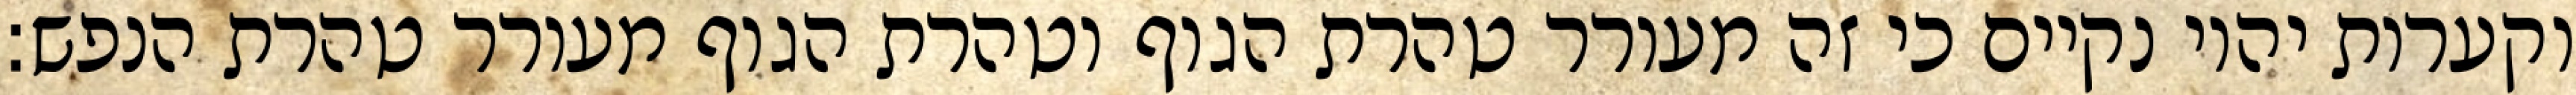
וקערות יהיו נקיים כי זה מעורר טהרת הגוף וטהרת הגוף מעורר טהרת הנפש: